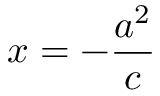
x = - { \frac { a ^ { 2 } } { c } }